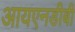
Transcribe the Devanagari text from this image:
आयएनडीबी